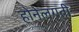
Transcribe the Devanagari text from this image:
होनेलगती